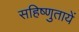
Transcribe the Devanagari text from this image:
सहिष्णुतायें